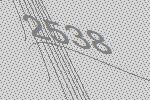
2538